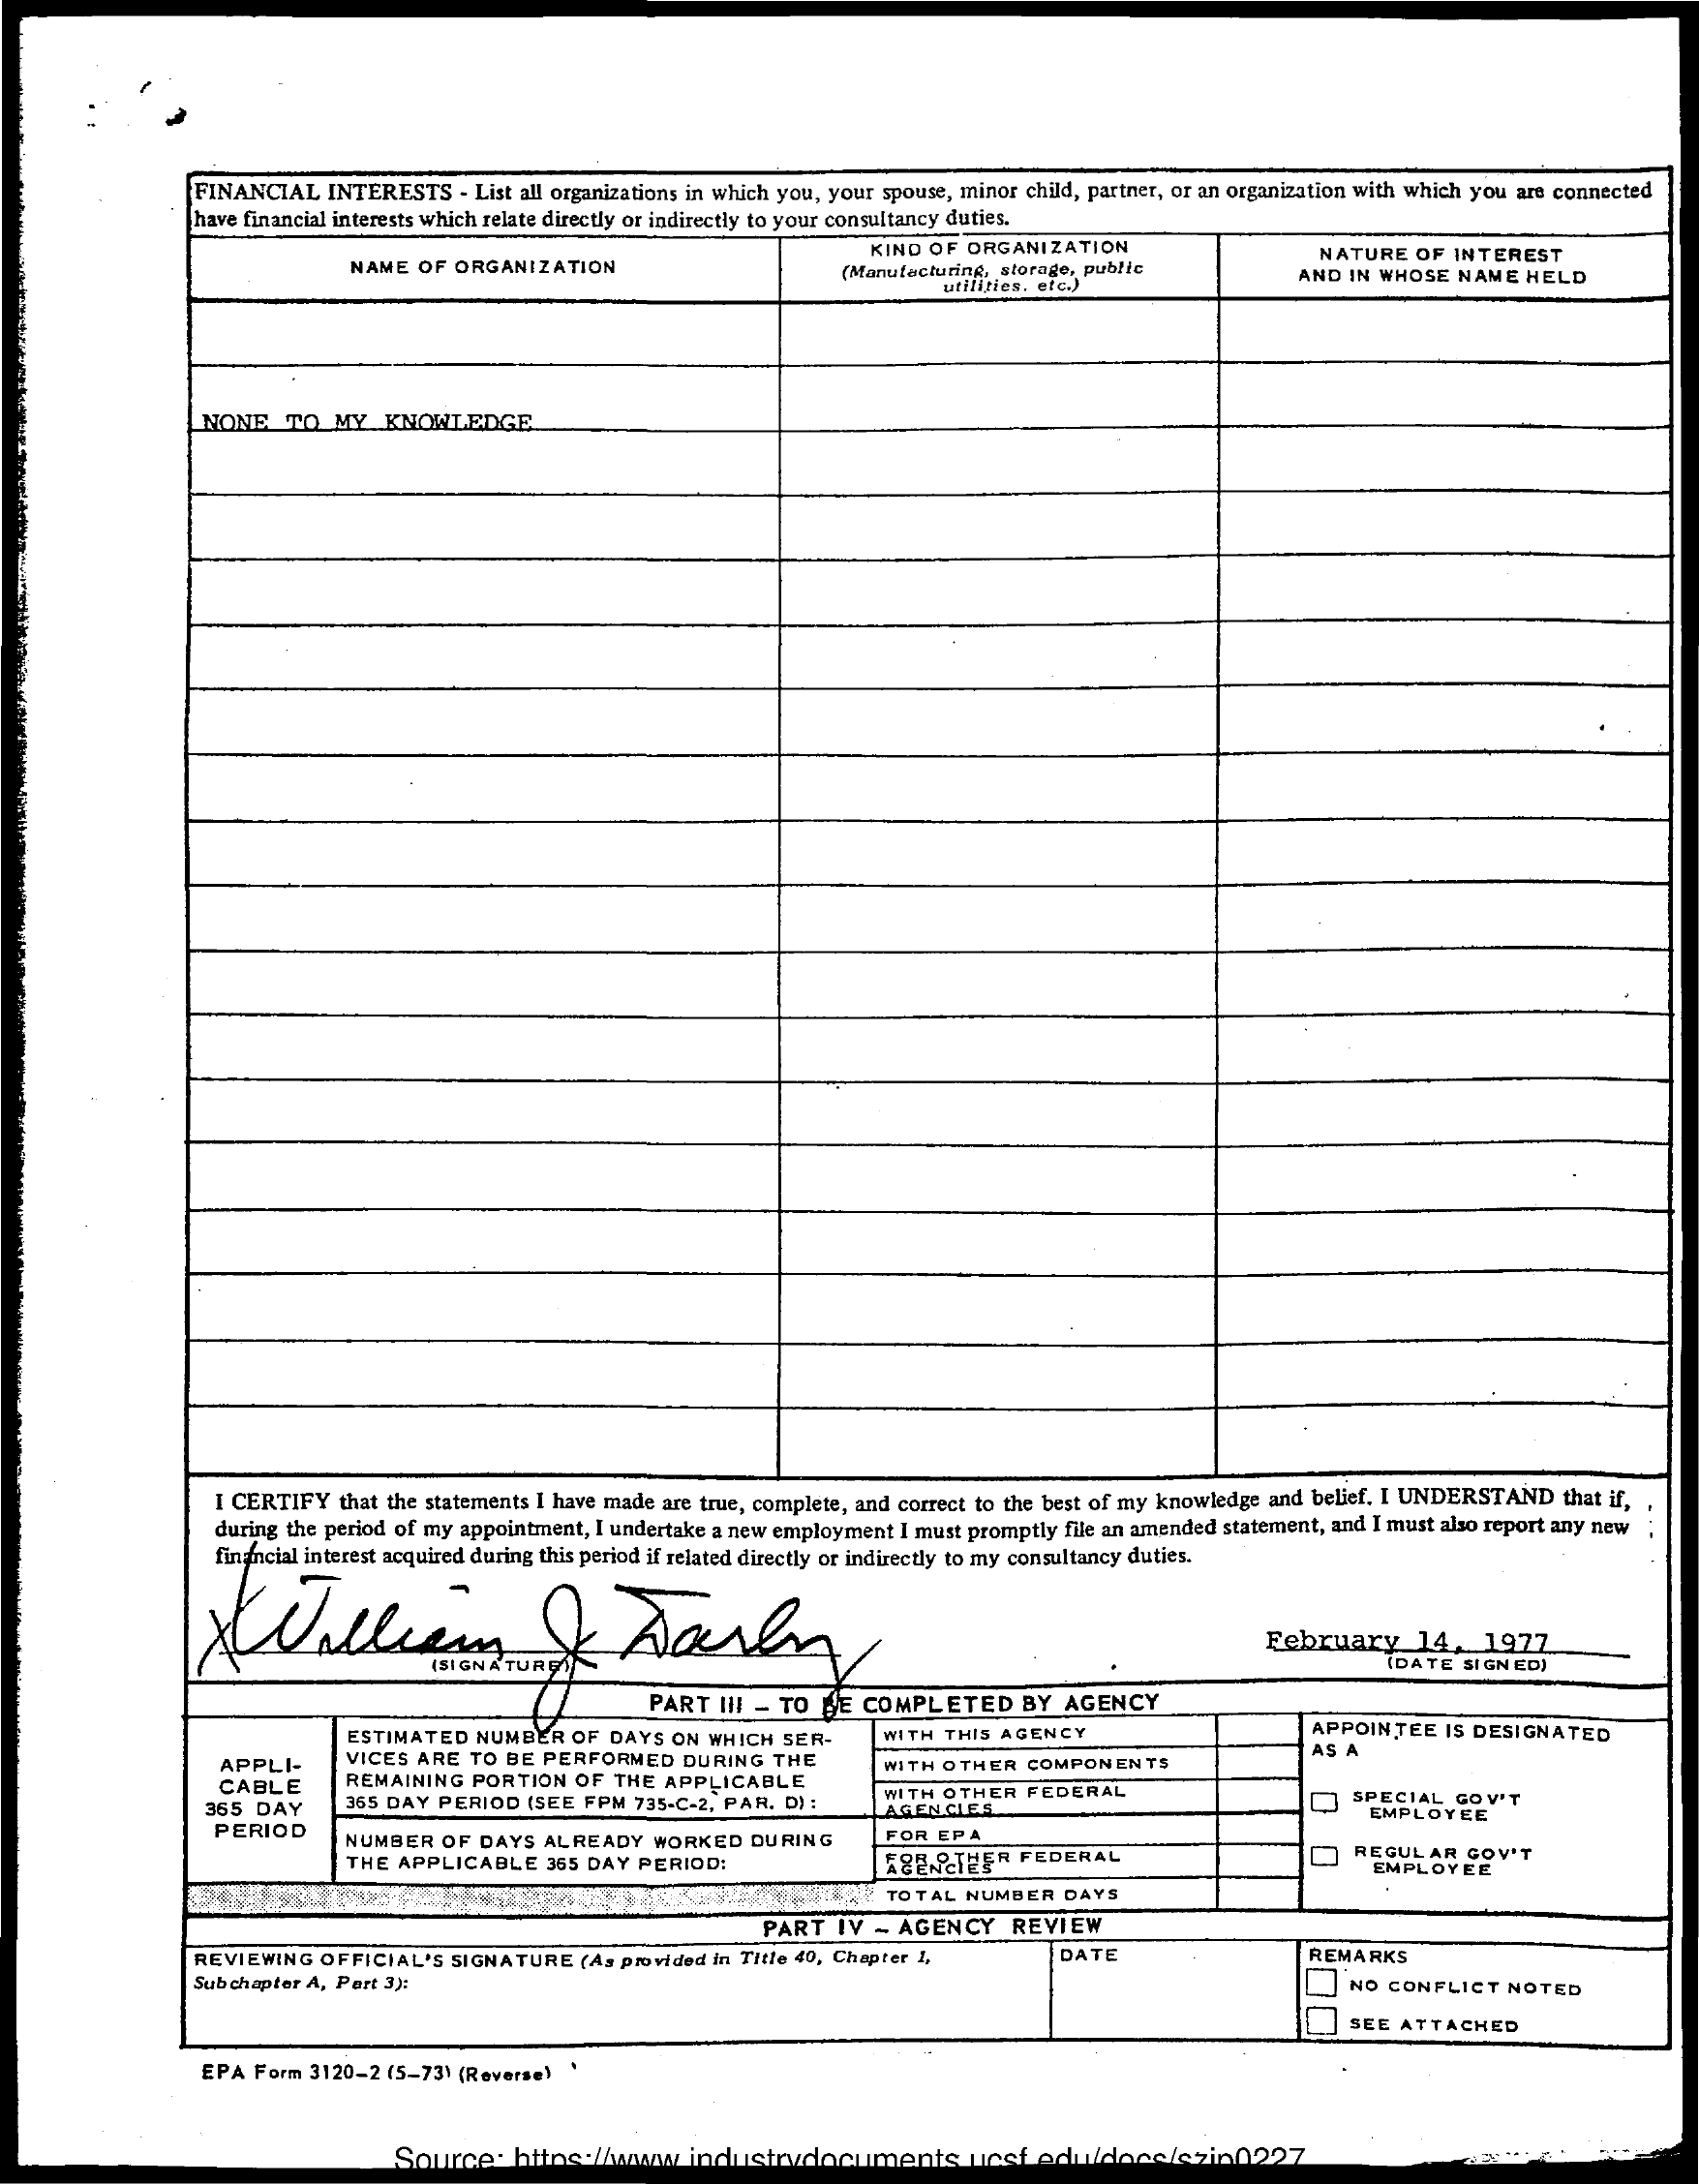
FINANCIAL  INTERESTS  - List all organizations in which you, your spouse, minor child, partner, or an organization with which you are connected
     have financial interests which relate directly or indirectly to your consultancy duties.
     NAME OF ORGANIZATION
     KIND OF ORGANIZATION
     (Manufacturing, storage, public
     NATURE OF  INTEREST
     utilities. etc.)
     AND IN WHOSE NAME HELD
     NONE   TO MY   KNOWLEDGE
     I CERTIFY that the statements I have made are true, complete, and correct to the best of my knowledge and belief. I UNDERSTAND that if,
     during the period of my appointment, I undertake a new employment I must promptly file an amended statement, and I must also report any new
     financial interest acquired during this period if related directly or indirectly to my consultancy duties.
     February    14,  1977
     (DATE SIGNED)
     PART  III - TO BE COMPLETED    BY  AGENCY
     ESTIMATED  NUMBER  OF DAYS ON WHICH SER-    WITH THIS AGENCY    APPOINTEE  IS DESIGNATED
     APPLI-    VICES ARE TO BE PERFORMED  DURING  THE
     AS A
     CABLE    REMAINING PORTION OF  THE APPLICABLE
     WITH OTHER COMPONENTS
     365 DAY    365 DAY PERIOD (SEE FPM 735-C-2, PAR. D) :
     WITH OTHER FEDERAL
     AGENCIES
     SPECIAL GOV'T
     PERIOD
     EMPLOYEE
     NUMBER OF DAYS  ALREADY  WORKED  DURING    FOR EPA
     THE APPLICABLE  365 DAY PERIOD:    ABEARTHER  FEDERAL    REGULAR   GOV'T
     EMPLOYEE
     TOTAL NUMBER  DAYS
     PART  IV - AGENCY   REVIEW
     REVIEWING OFFICIAL'S SIGNATURE  (As provided in Title 40, Chapter 1,   DATE    REMARKS
     Sub chapter A, Part 3):    NO CONFLICT  NOTED
     SEE ATTACHED
     EPA Form 3120-2 (5-73) (Reverse)
     Source:  https:    ww industrydocum    ucsf edudoce/szin0227